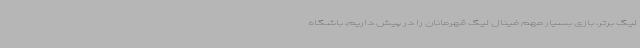
لیگ برتر، بازی بسیار مهم فینال لیگ قهرمانان را در پیش داریم، باشگاه